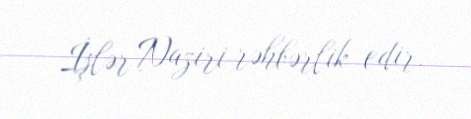
İşlər Naziri rəhbərlik edir.